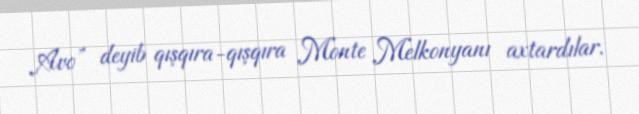
Avo” deyib qışqıra-qışqıra Monte Melkonyanı axtardılar.